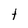
Character: t